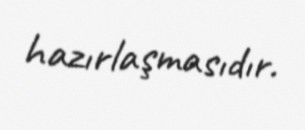
hazırlaşmasıdır.